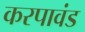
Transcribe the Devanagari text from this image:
करपावंड